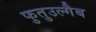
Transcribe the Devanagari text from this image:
फुतुउल्गैब